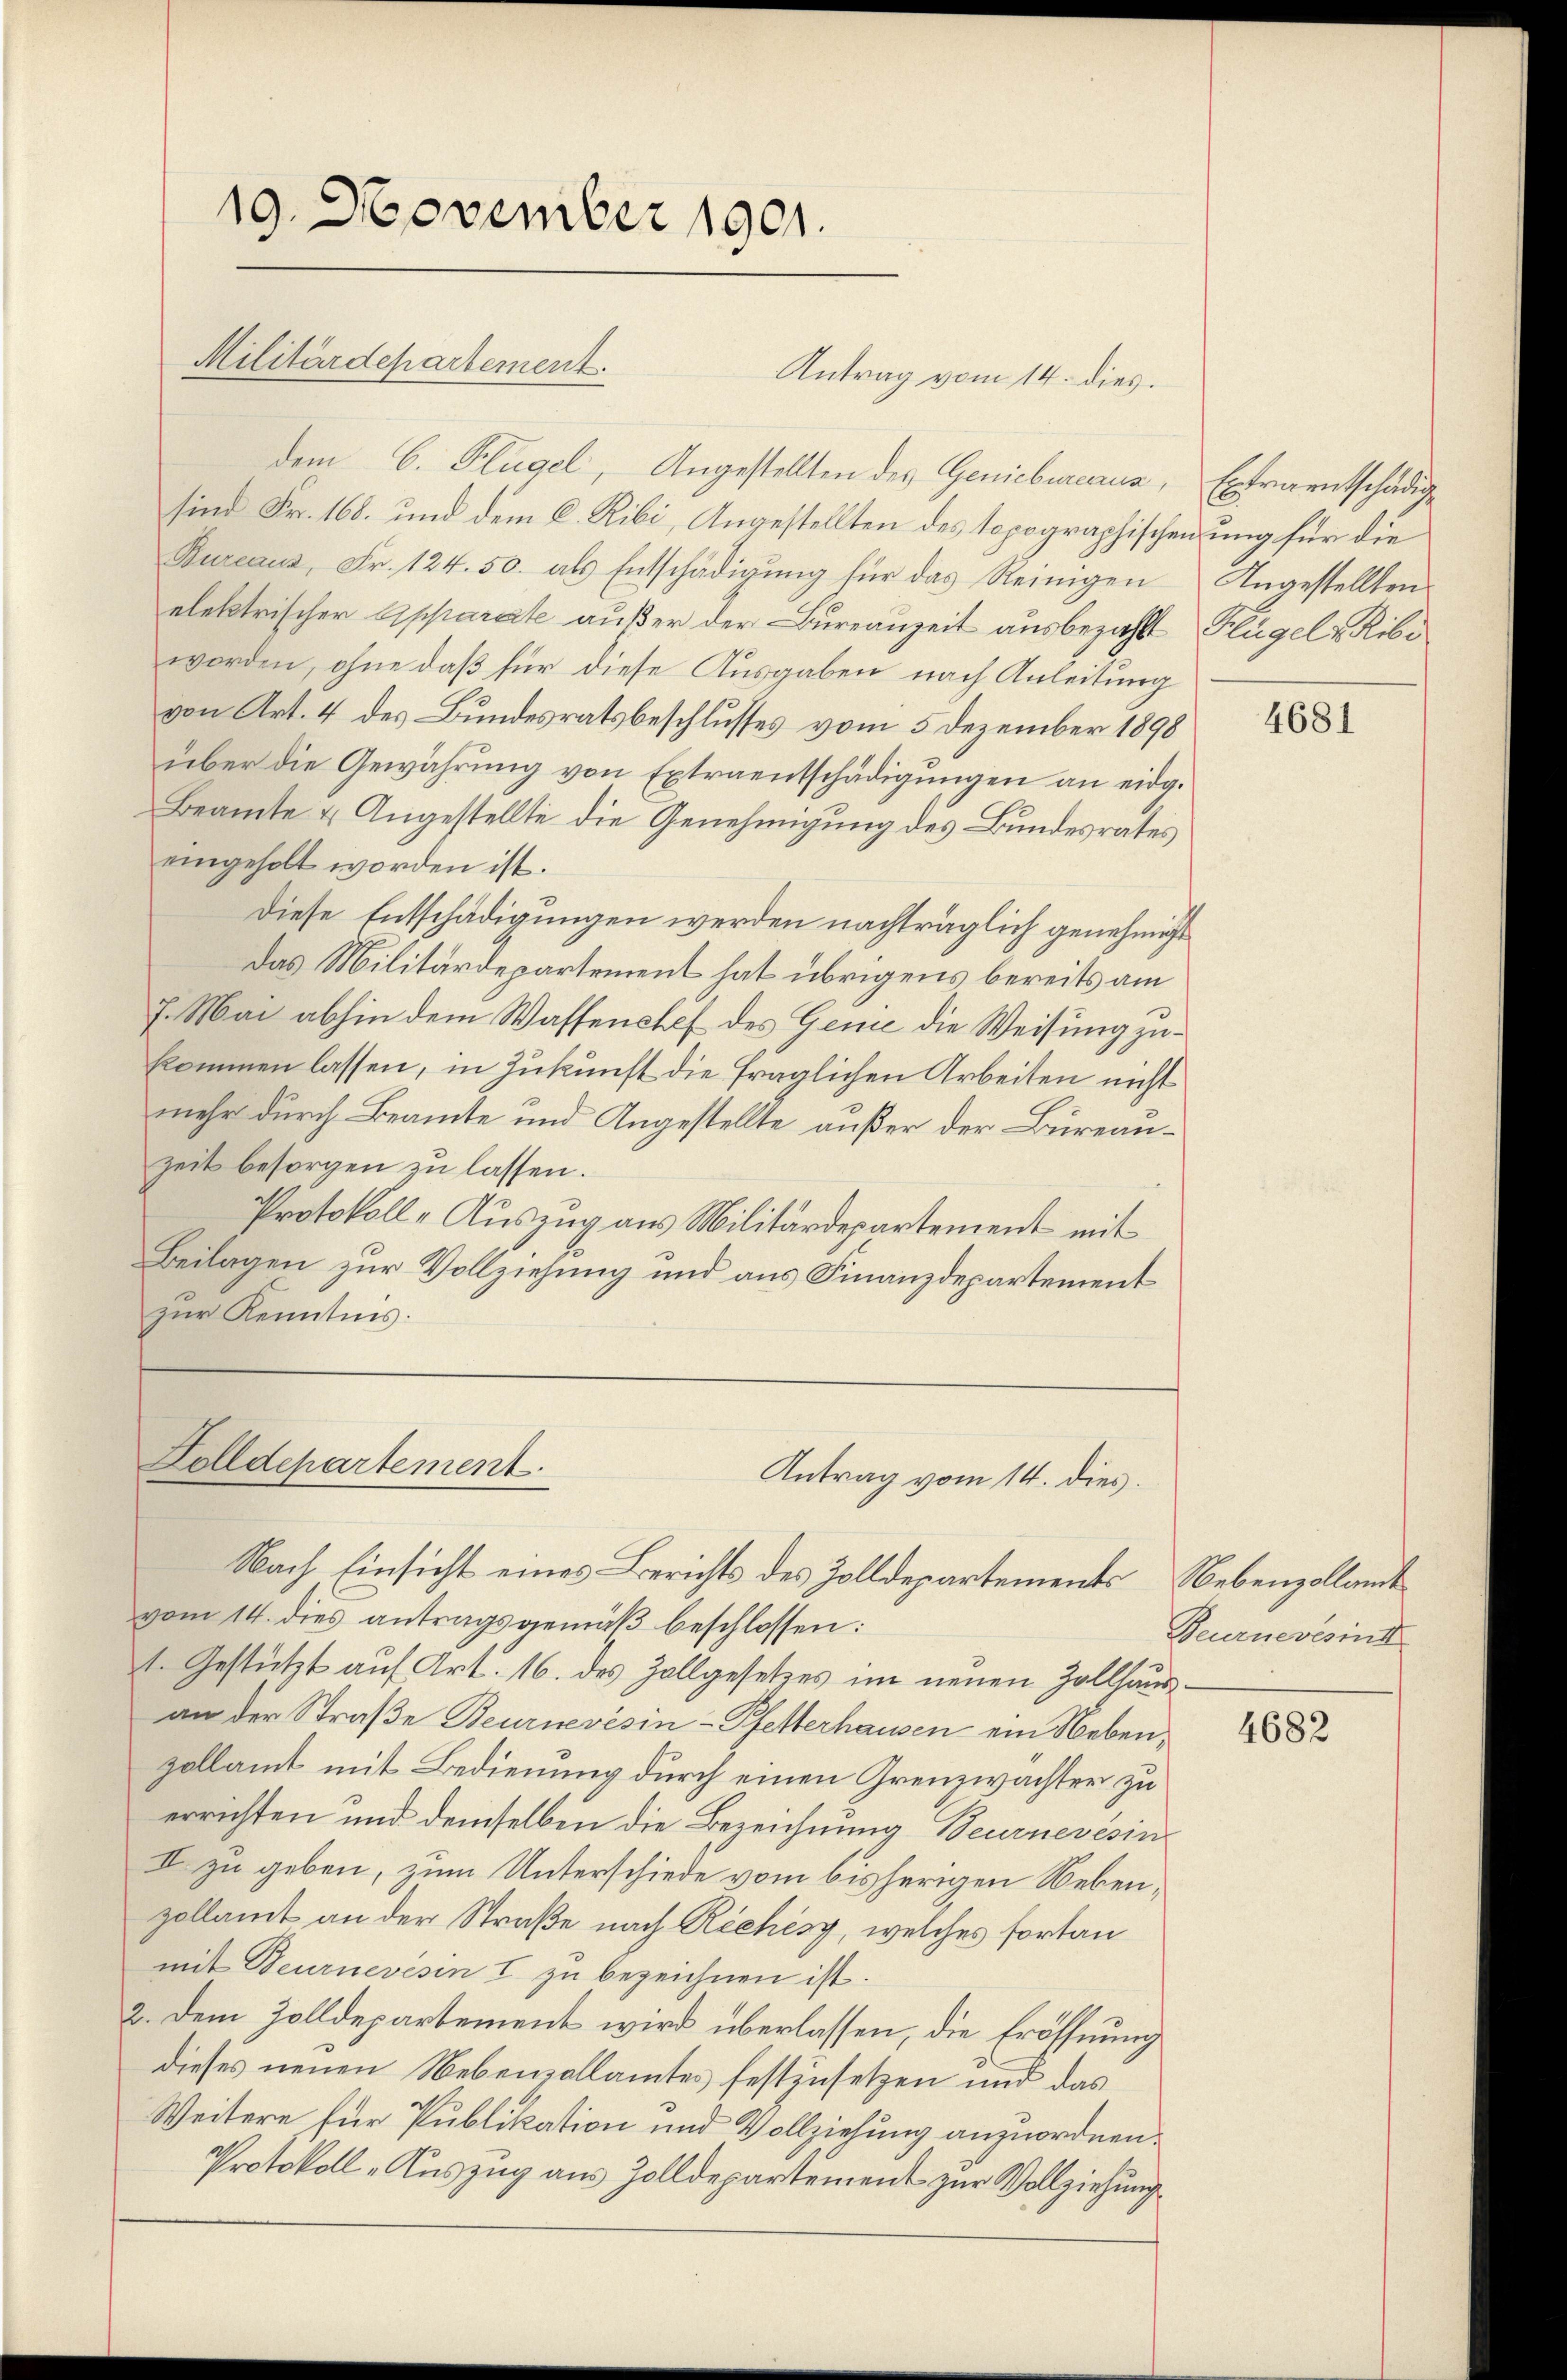
19. November 1901.

Militärdepartement.

Antrag vom 14. dies
dem C. Flügel, Angestellten des Geniebureaus, Extraentschädig
sind Fr. 168. und dem C. Ribi, Angestellten des topographischenung für die
Bureaus, Fr. 124. 50. als Entschädigŭng für das Reinigen Angestellten
elektrischer Apparate außer der Bureauzeit ausbezahlt Flügel & Ribi
worden, ohne daß für diese Ausgaben nach Anleitung
von Art. 4 des Bundesratsbeschlusses vom 5 Dezember 1898
über die Gewährung von Extraentschädigungen an eidg.
Beamte u. Angestellte die Genehmigung des Bundesrates
eingeholt worden ist.
Diese Entschädigungen werden nachträglich genehmigt
Das Militärdepartement hat übrigens bereits am
7. Mai abhin dem Wassenshef des Genie die Weisung zukommen lassen, in Zukunft die fraglichen Arbeiten nicht
mehr durch Beamte und Angestellte außer der Büreauzeit besorgen zu lassen.
Protokoll-Auszug aus Militärdepartement mit
Beilagen zur Vollziehung und aus Finanzdepartement
zur Kenntnis.

Zolldepartement.

Nach Einsicht eines Berichts des Zolldepartements Nebenzollamt
vom 14. dies antragsgemäβ beschlossen:
1. Gestützt auf Art. 16. des Zollgesetzes im neuen Zollsausan der Straße Beurnevésin-Pfetterhausen ein Nebenzollamt mit Bedienung durch einen Grenzwachter zu
errichten und demselben die Bezeichnung Beurnevésin
IV zu geben, zum Unterschiede vom bisherigen Nebenzollamt an der Straße nach Rechèsy, welches fortan
mit Beurnevesen I zu bezeichnen ist.
2. Dem Zolldepartement wird überlassen, die Eröffnung
dieses neuen Nebensallamtes festzusetzen und das
Weitere für Publikation und Vollziehung anzuordnen.
Protokoll-Auszug aus Zolldepartement zur Vollziehung

Antrag vom 14. dies

1

4681

Beurneresinst

4682